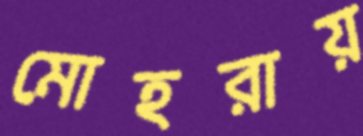
মোহরায়